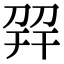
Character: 𢆙